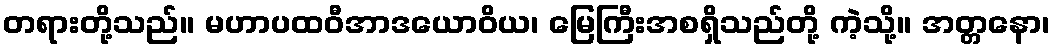
တရားတို့သည်။ မဟာပထဝီအာဒယောဝိယ၊ မြေကြီးအစရှိသည်တို့ ကဲ့သို့။ အတ္တနော၊